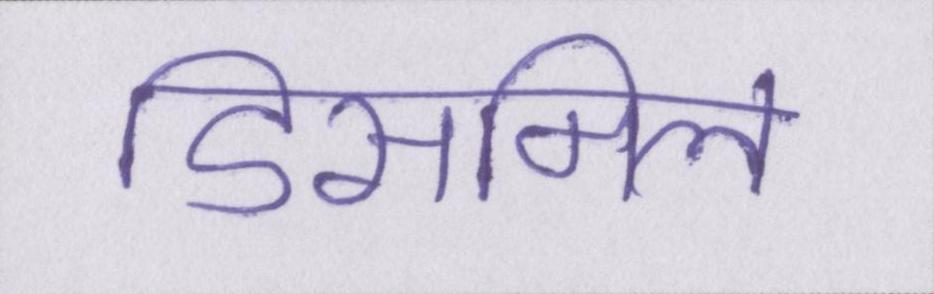
डिसमिल